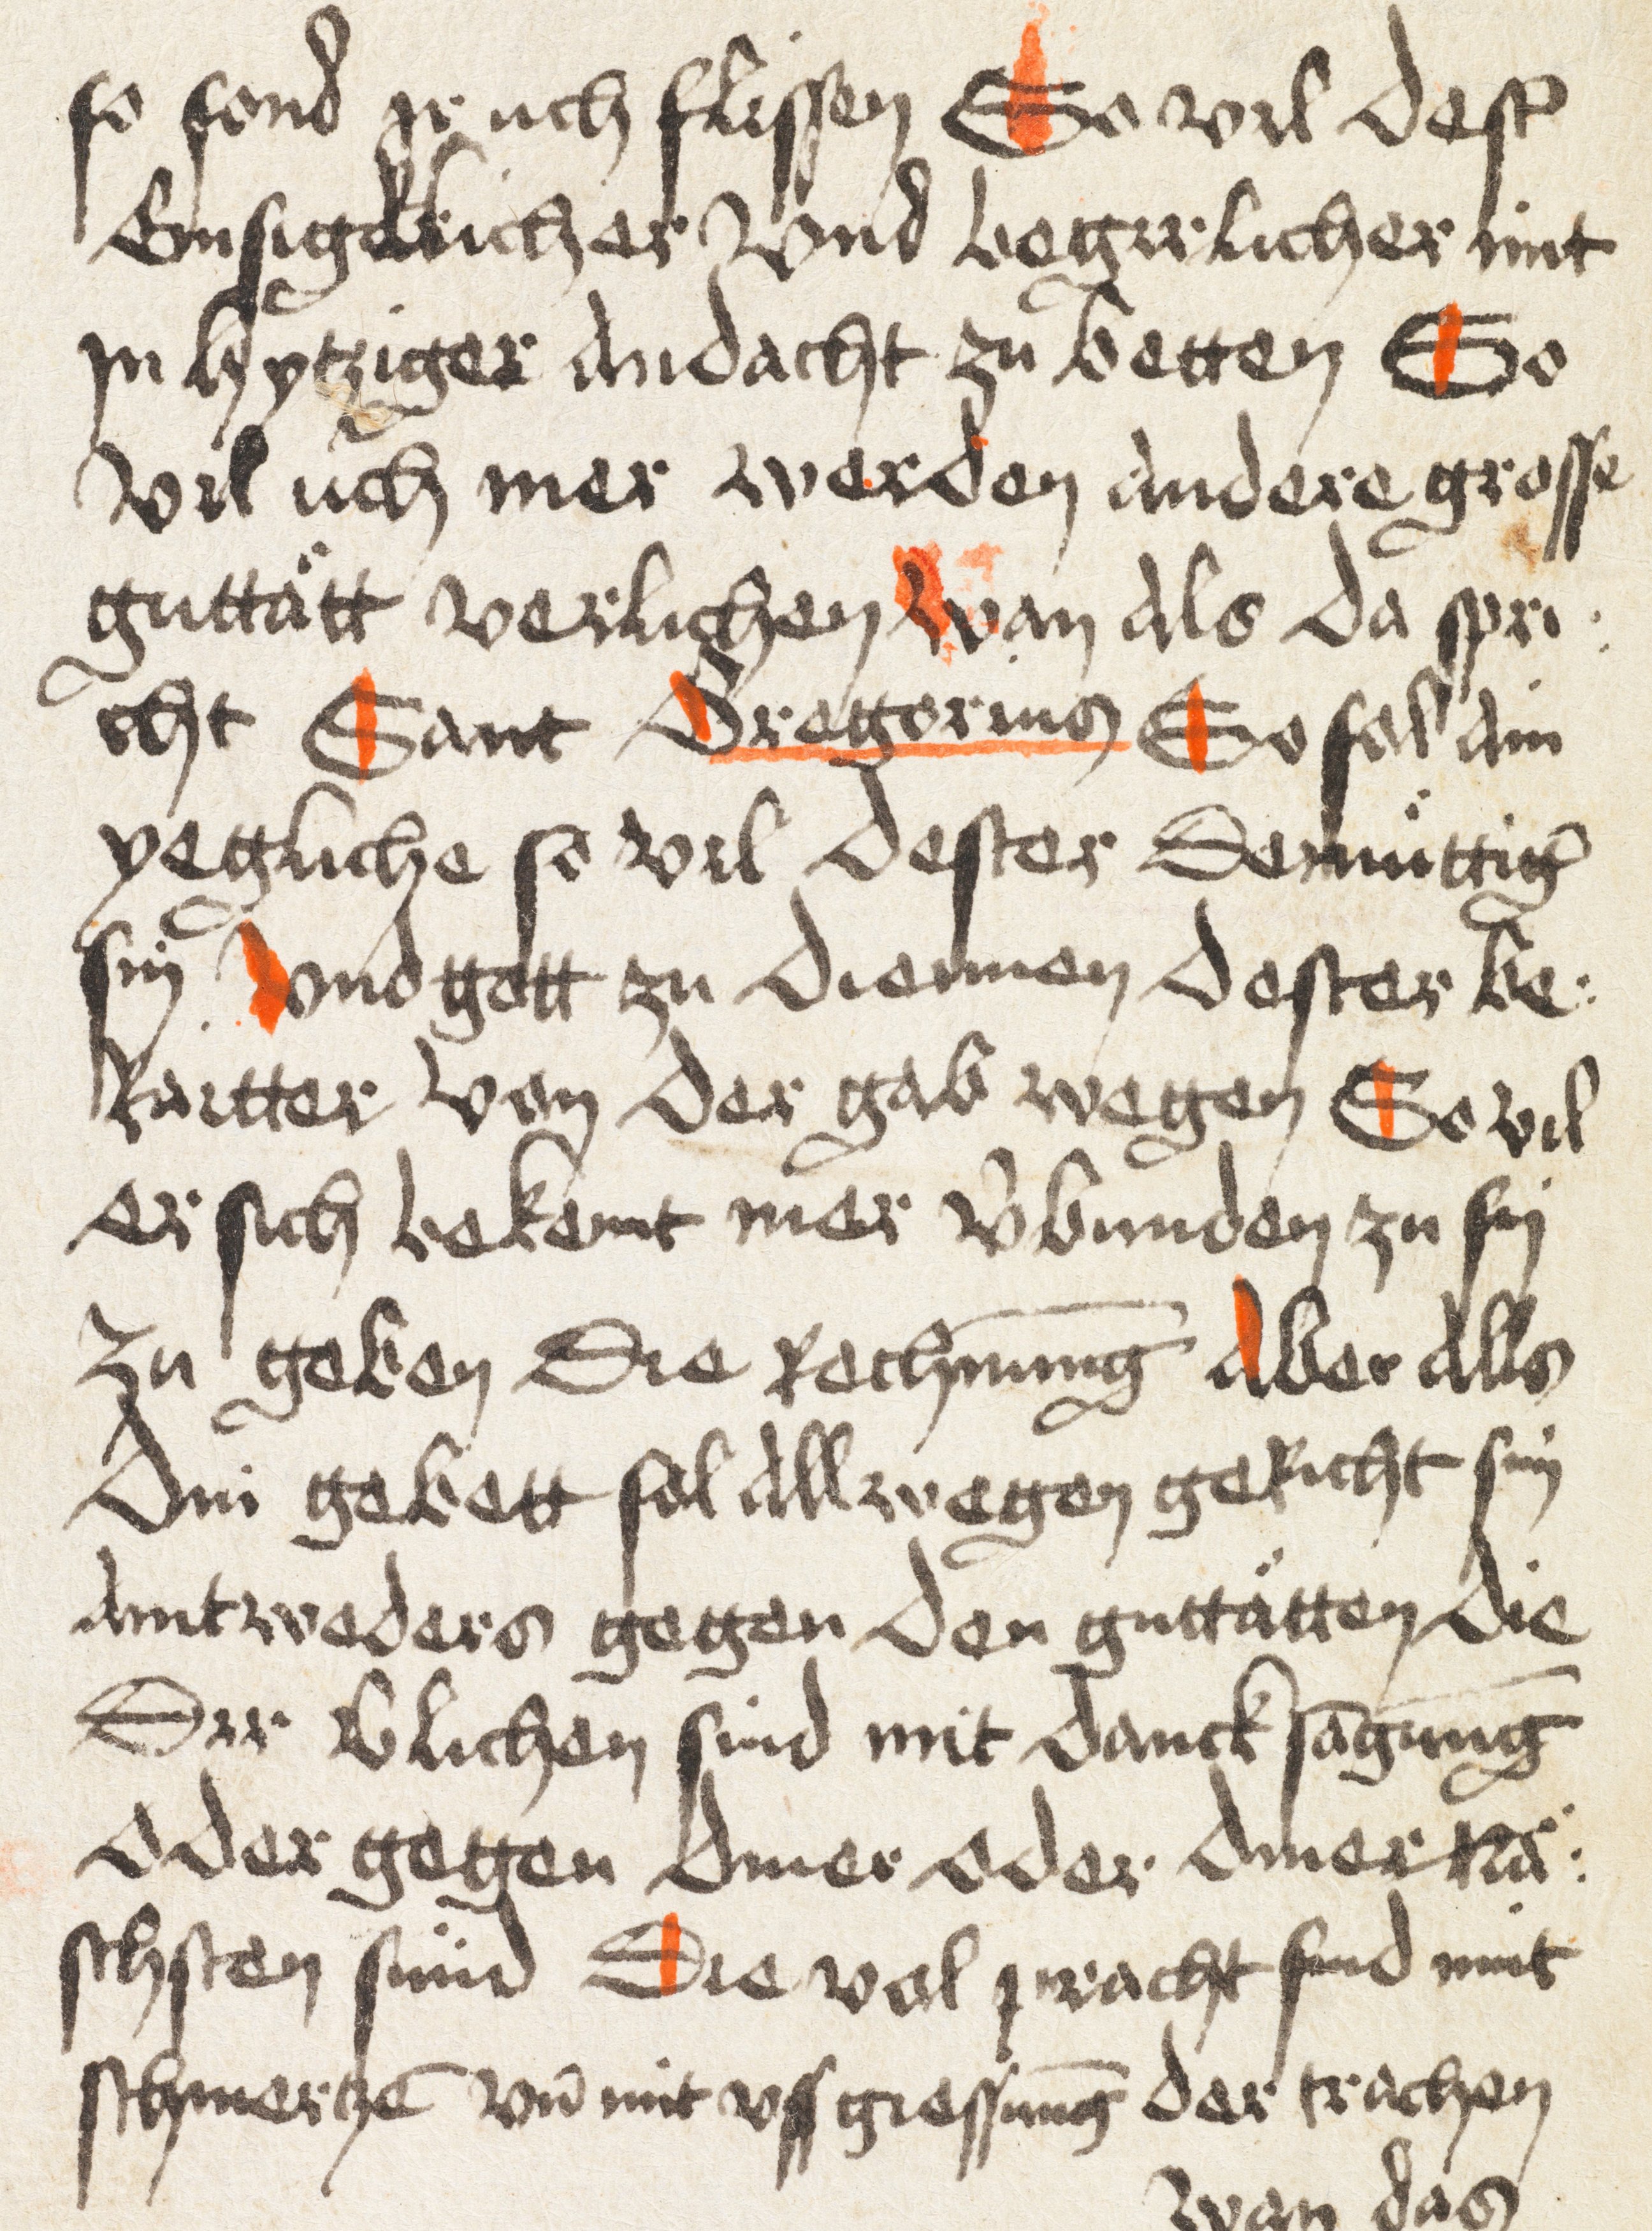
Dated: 1498–1498